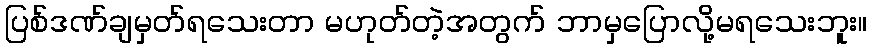
ပြစ်ဒဏ်ချမှတ်ရသေးတာ မဟုတ်တဲ့အတွက် ဘာမှပြောလို့မရသေးဘူး။